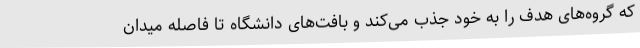
که گروه‌های هدف را به خود جذب می‌کند و بافت‌های دانشگاه تا فاصله میدان